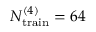
N _ { \mathrm { t r a i n } } ^ { ( 4 ) } = 6 4